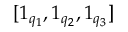
[ \boldsymbol { 1 } _ { q _ { 1 } } , \boldsymbol { 1 } _ { q _ { 2 } } , \boldsymbol { 1 } _ { q _ { 3 } } ]